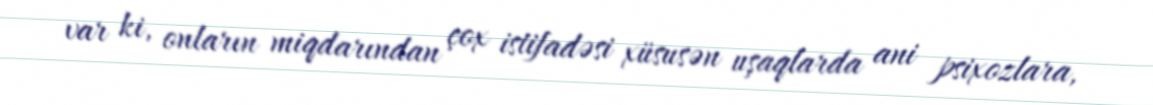
var ki, onların miqdarından çox istifadəsi xüsusən uşaqlarda ani psixozlara,